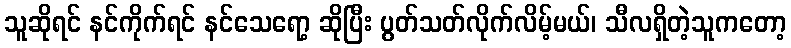
သူဆိုရင် နင်ကိုက်ရင် နင်သေရော့ ဆိုပြီး ပွတ်သတ်လိုက်လိမ့်မယ်၊ သီလရှိတဲ့သူကတော့